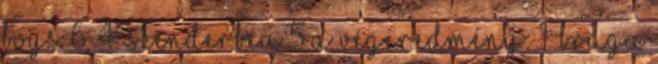
Boys 6, 4. Skenderbeu 5 A végeredmény: 1. Braga